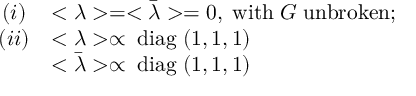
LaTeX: \begin{array} { c l } { { ( i ) } } & { { < \lambda > = < \bar { \lambda } > = 0 , \; \mathrm { w i t h } \; G \; \mathrm { u n b r o k e n } ; \strut } } \\ { { ( i i ) } } & { { < \lambda > \propto \; \mathrm { d i a g } \; ( 1 , 1 , 1 ) \strut } } \\ { { } } & { { < \bar { \lambda } > \propto \; \mathrm { d i a g } \; ( 1 , 1 , 1 ) } } \end{array}